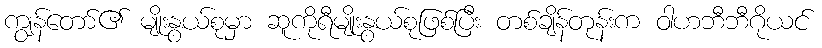
ကျွန်တော်၏ မျိုးနွယ်စုမှာ ဆူကိုရီမျိုးနွယ်စုဖြစ်ပြီး တစ်ချိန်တုန်းက ဝါဟဘီဘီဂိုယင်